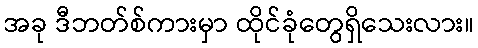
အခု ဒီဘတ်စ်ကားမှာ ထိုင်ခုံတွေရှိသေးလား။